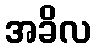
အခိလ